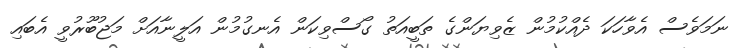
ނަމަވެސް އެވާހަކަ ދެއްކުމުން ޒެވިޔަންގެ ތަބީއަތު ގޯސްވިކަން އެނގުމުން އަލީނާއަށް މަޖުބޫރުވީ އެބައި